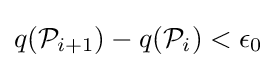
q({\mathcal {P}}_{i+1})-q({\mathcal {P}}_{i})<\epsilon _{0}